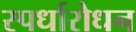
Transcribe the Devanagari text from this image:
स्पर्धारोधन